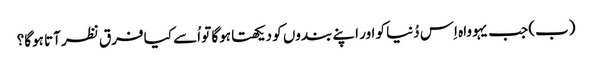
‏ (‏ب)‏ جب یہوواہ اِس دُنیا کو اور اپنے بندوں کو دیکھتا ہوگا تو اُسے کیا فرق نظر آتا ہوگا؟